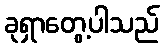
ခုရှာတွေ့ပါသည်